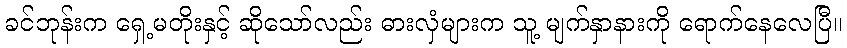
ခင်ဘုန်းက ရှေ့မတိုးနှင့် ဆိုသော်လည်း ဓားလှံများက သူ့ မျက်နှာနားကို ရောက်နေလေပြီ။